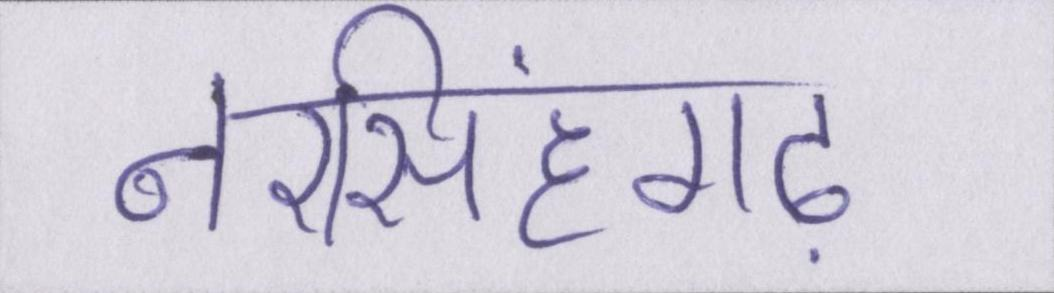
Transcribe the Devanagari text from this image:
नरसिंहगढ़